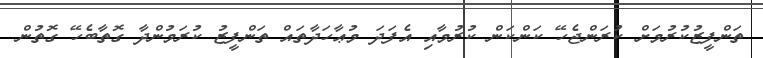
ތަންފީޒުކުރުމަށް ކުރަންޖެހޭ ކަންކަން ކުރުމާއި އެފަދަ މުޢާހަދާތައް ތަންފީޒު ކުރަމުންދާ ގޮތާބެހޭ ގޮތުން